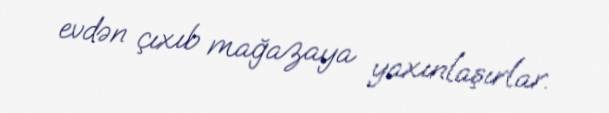
evdən çıxıb mağazaya yaxınlaşırlar.